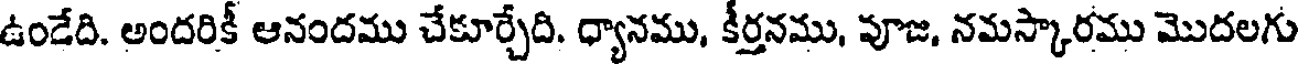
ఉండేది. అందరికీ ఆనందము చేకూర్చేది. ధ్యానము, కీర్తనము, పూజ, నమస్కారము మొదలగు